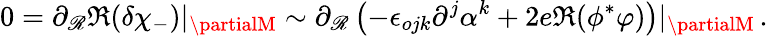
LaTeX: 0=\partial_{\mathscr{R}}\Re(\delta\chi_{-})|_{\partialM}\sim\partial_{\mathscr{R}}\left(-\epsilon_{ojk}\partial^{j}\alpha^{k}+2e\Re(\phi^{*}\varphi)\right)|_{\partialM}\, .